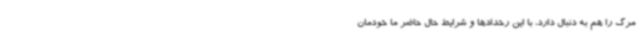
مرگ را هم به دنبال دارد، با این رخدادها و شرایط حال حاضر ما خودمان